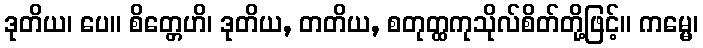
ဒုတိယ၊ ပေ။ စိတ္တေဟိ၊ ဒုတိယ, တတိယ, စတုတ္ထကုသိုလ်စိတ်တို့ဖြင့်။ ကမ္မေ၊